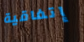
إتفاقية